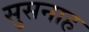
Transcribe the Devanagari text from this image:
सुसनाह